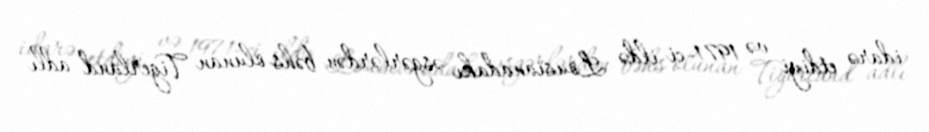
idarə etdiyi və 1971-ci ildə Lousianadakı əsgərlərdən bəhs olunan Tigerland adlı